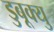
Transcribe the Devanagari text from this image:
डुबूक्यु